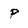
Character: P